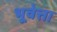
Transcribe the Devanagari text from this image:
भूवेत्ता